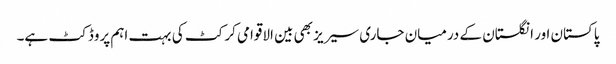
پاکستان اور انگلستان کے درمیان جاری سیریز بھی بین الاقوامی کرکٹ کی بہت اہم پروڈکٹ ہے۔